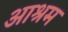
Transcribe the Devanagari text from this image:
अाश्रम